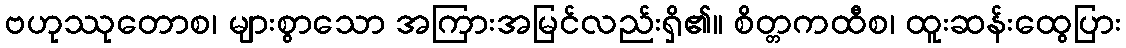
ဗဟုဿုတောစ၊ များစွာသော အကြားအမြင်လည်းရှိ၏။ စိတ္တကထီစ၊ ထူးဆန်းထွေပြား